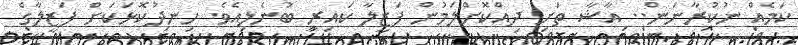
ކަމެއް ނުކުރާނަން.. އާޝާ ތަށި ދިއްކޮށްލަމުން ފަޒީލާ ކައިރި ބުނެލިއެވެ. ހިނދުކޮޅަކަށް ފަޒީލާގެ